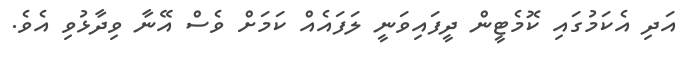
އަދި އެކަމުގައި ކޮމެޓީން ދީފައިވަނީ ލަފައެއް ކަމަށް ވެސް އޭނާ ވިދާޅުވި އެވެ.